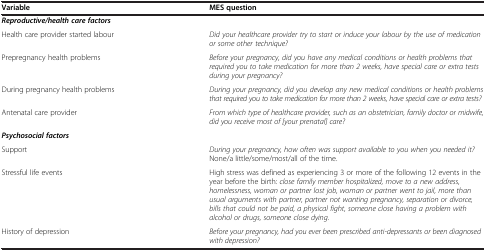
<table><thead><tr><td><b>Variable</b></td><td><b>MES question</b></td></tr></thead><tbody><tr><td><b><i>Reproductive/health care factors</i></b></td><td> </td></tr><tr><td>Health care provider started labour</td><td><i>Did your healthcare provider try to start or induce your labour by the use of medication or some other technique?</i></td></tr><tr><td>Prepregnancy health problems</td><td><i>Before your pregnancy, did you have any medical conditions or health problems that required you to take medication for more than 2 weeks, have special care or extra tests during your pregnancy?</i></td></tr><tr><td>During pregnancy health problems</td><td><i>During your pregnancy, did you develop any new medical conditions or health problems that required you to take medication for more than 2 weeks, have special care or extra tests?</i></td></tr><tr><td>Antenatal care provider</td><td><i>From which type of healthcare provider, such as an obstetrician, family doctor or midwife, did you receive most of [your prenatal] care?</i></td></tr><tr><td><b><i>Psychosocial factors</i></b></td><td> </td></tr><tr><td>Support</td><td><i>During your pregnancy, how often was support available to you when you needed it?</i> None/a little/some/most/all of the time.</td></tr><tr><td>Stressful life events</td><td>High stress was defined as experiencing 3 or more of the following 12 events in the year before the birth: <i>close family member hospitalized, move to a new address, homelessness, woman or partner lost job, woman or partner went to jail, more than usual arguments with partner, partner not wanting pregnancy, separation or divorce, bills that could not be paid, a physical fight, someone close having a problem with alcohol or drugs, someone close dying.</i></td></tr><tr><td>History of depression</td><td><i>Before your pregnancy, had you ever been prescribed anti-depressants or been diagnosed with depression?</i></td></tr></tbody></table>